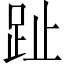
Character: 趾